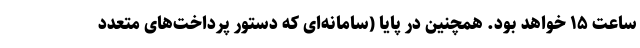
ساعت ۱۵ خواهد بود. همچنین در پایا (سامانه‌ای که دستور پرداخت‌های متعدد